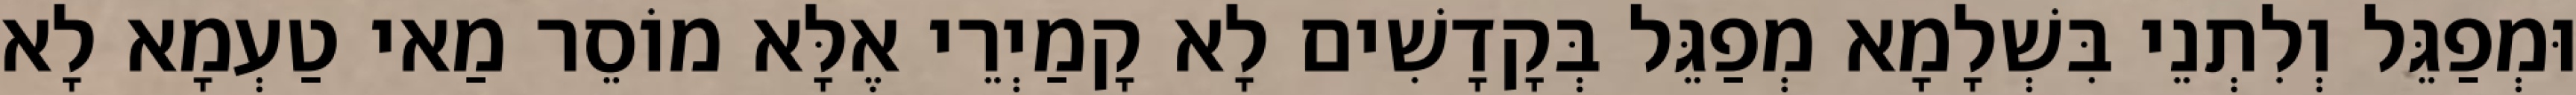
וּמְפַגֵּל וְלִתְנֵי בִּשְׁלָמָא מְפַגֵּל בְּקָדָשִׁים לָא קָמַיְרֵי אֶלָּא מוֹסֵר מַאי טַעְמָא לָא